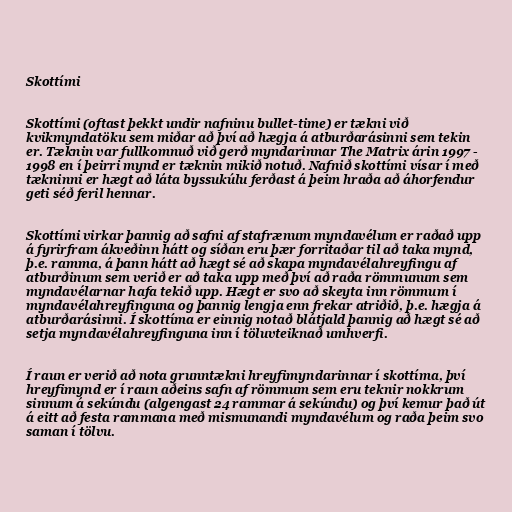
Skottími

Skottími (oftast þekkt undir nafninu bullet-time) er tækni við
kvikmyndatöku sem miðar að því að hægja á atburðarásinni sem tekin
er. Tæknin var fullkomnuð við gerð myndarinnar The Matrix árin 1997 -
1998 en í þeirri mynd er tæknin mikið notuð. Nafnið skottími vísar í með
tækninni er hægt að láta byssukúlu ferðast á þeim hraða að áhorfendur
geti séð feril hennar.

Skottími virkar þannig að safni af stafrænum myndavélum er raðað upp
á fyrirfram ákveðinn hátt og síðan eru þær forritaðar til að taka mynd,
þ.e. ramma, á þann hátt að hægt sé að skapa myndavélahreyfingu af
atburðinum sem verið er að taka upp með því að raða römmunum sem
myndavélarnar hafa tekið upp. Hægt er svo að skeyta inn römmum í
myndavélahreyfinguna og þannig lengja enn frekar atriðið, þ.e. hægja á
atburðarásinni. Í skottíma er einnig notað blátjald þannig að hægt sé að
setja myndavélahreyfinguna inn í töluvteiknað umhverfi.

Í raun er verið að nota grunntækni hreyfimyndarinnar í skottíma, því
hreyfimynd er í raun aðeins safn af römmum sem eru teknir nokkrum
sinnum á sekúndu (algengast 24 rammar á sekúndu) og því kemur það út
á eitt að festa rammana með mismunandi myndavélum og raða þeim svo
saman í tölvu.